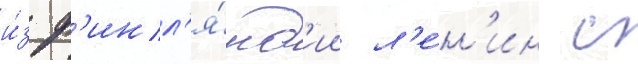
и́з ф'инл'я́нд'ии л'е́н'ин с